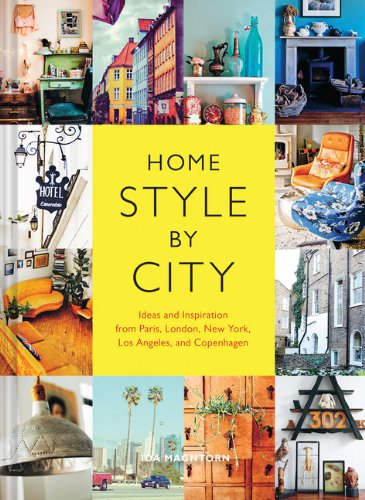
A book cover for Home Style by City: Ideas and Inspiration from Paris, London, New York, Los Angeles, and Copenhagen; Ida Magntorn; Travel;